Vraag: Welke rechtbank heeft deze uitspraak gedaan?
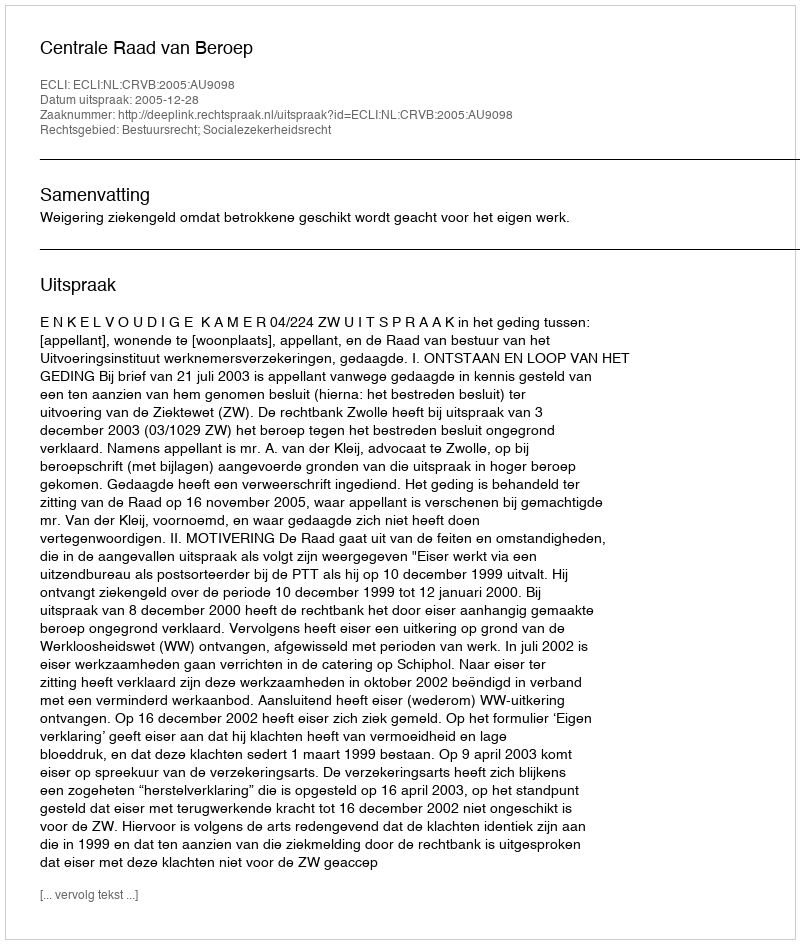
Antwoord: Centrale Raad van Beroep